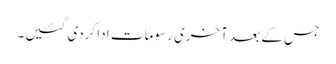
جس کے بعد آخری رسومات ادا کردی گئیں۔